Indian journal of veterinary science and animal husbandry - Volume 11,
Year: 1941
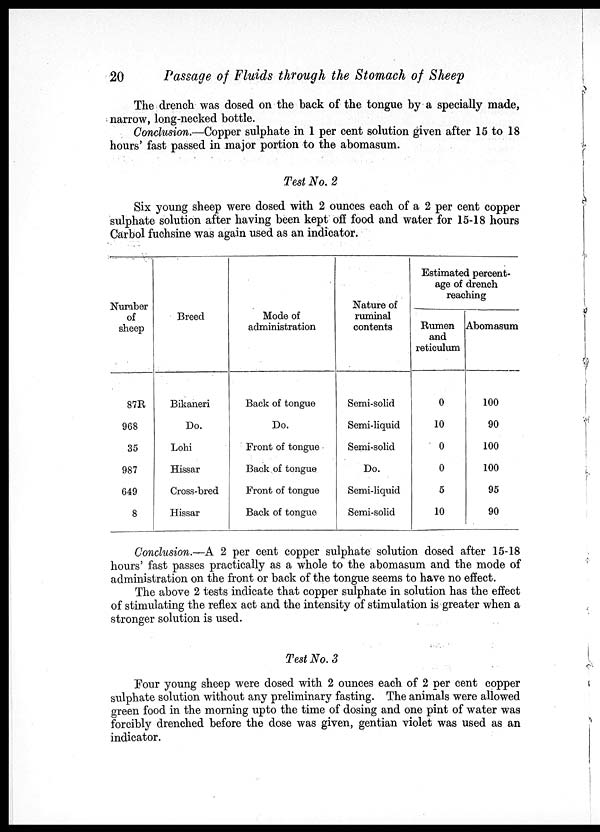
20
Passage of Fluids through the Stomach of Sheep
The drench was dosed on the back of the tongue by a specially made,
narrow, long-necked bottle.
Conclusion.—Copper sulphate in 1 per cent solution given after 15 to 18
hours' fast passed in major portion to the abomasum.
Test No. 2
Six young sheep were dosed with 2 ounces each of a 2 per cent copper
sulphate solution after having been kept off food and water for 15-18 hours
Carbol fuchsine was again used as an indicator.
Number
of
sheep
87R
968
35
987
649
8
Breed
Bikaneri
Do.
Lohi
Hissar
Cross-bred
Hissar
Mode of
administration
Back of tongue
Do.
Front of tongue
Back of tongue
Front of tongue
Back of tongue
Nature of
ruminal
contents
Semi-solid
Semi-liquid
Semi-solid
Do.
Semi-liquid
Semi-solid
Estimated percent-
age of drench
reaching
Rumen
and
reticulum
0
10
0
0
5
10
Abomasum
100
90
100
100
95
90
Conclusion.—A 2 per cent copper sulphate solution dosed after 15-18
hours' fast passes practically as a whole to the abomasum and the mode of
administration on the front or back of the tongue seems to have no effect.
The above 2 tests indicate that copper sulphate in solution has the effect
of stimulating the reflex act and the intensity of stimulation is greater when a
stronger solution is used.
Test No. 3
Four young sheep were dosed with 2 ounces each of 2 per cent copper
sulphate solution without any preliminary fasting. The animals were allowed
green food in the morning upto the time of dosing and one pint of water was
forcibly drenched before the dose was given, gentian violet was used as an
indicator.